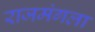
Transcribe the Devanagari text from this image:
राजमंगला